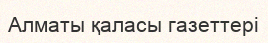
Алматы қаласы газеттері